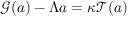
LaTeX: { \mathcal { G } } ( a ) - \Lambda a = \kappa { \mathcal { T } } ( a )